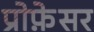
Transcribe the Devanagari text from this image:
प्रोफे़सर